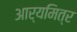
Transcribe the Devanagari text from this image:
आर्यमित्र